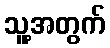
သူ့အတွက်